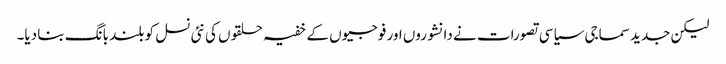
لیکن جدید سماجی سیاسی تصورات نے دانشوروں اور فوجیوں کے خفیہ حلقوں کی نئی نسل کو بلند بانگ بنا دیا۔